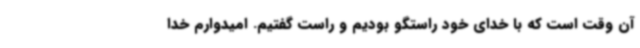
آن وقت است که با خدای خود راستگو بودیم و راست گفتیم. امیدوارم خدا